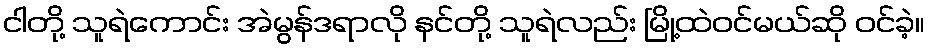
ငါတို့ သူရဲကောင်း အဲမွန်ဒရာလို နင်တို့ သူရဲလည်း မြို့ထဲဝင်မယ်ဆို ဝင်ခဲ့။